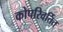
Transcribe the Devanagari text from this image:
कोपरिवर्तित